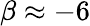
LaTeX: \beta\approx-6